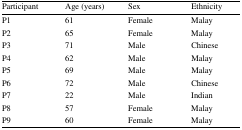
| Participant | Age (years) | Sex | Ethnicity |
 | --- | --- | --- | --- |
 | P1 | 61 | Female | Malay |
 | P2 | 65 | Female | Malay |
 | P3 | 71 | Male | Chinese |
 | P4 | 62 | Male | Malay |
 | P5 | 69 | Male | Malay |
 | P6 | 72 | Male | Chinese |
 | P7 | 22 | Male | Indian |
 | P8 | 57 | Female | Malay |
 | P9 | 60 | Female | Malay |